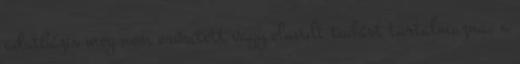
adatbázis meg nem erősített vagy elavult tudást tartalmazna, a